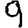
Digit: 9